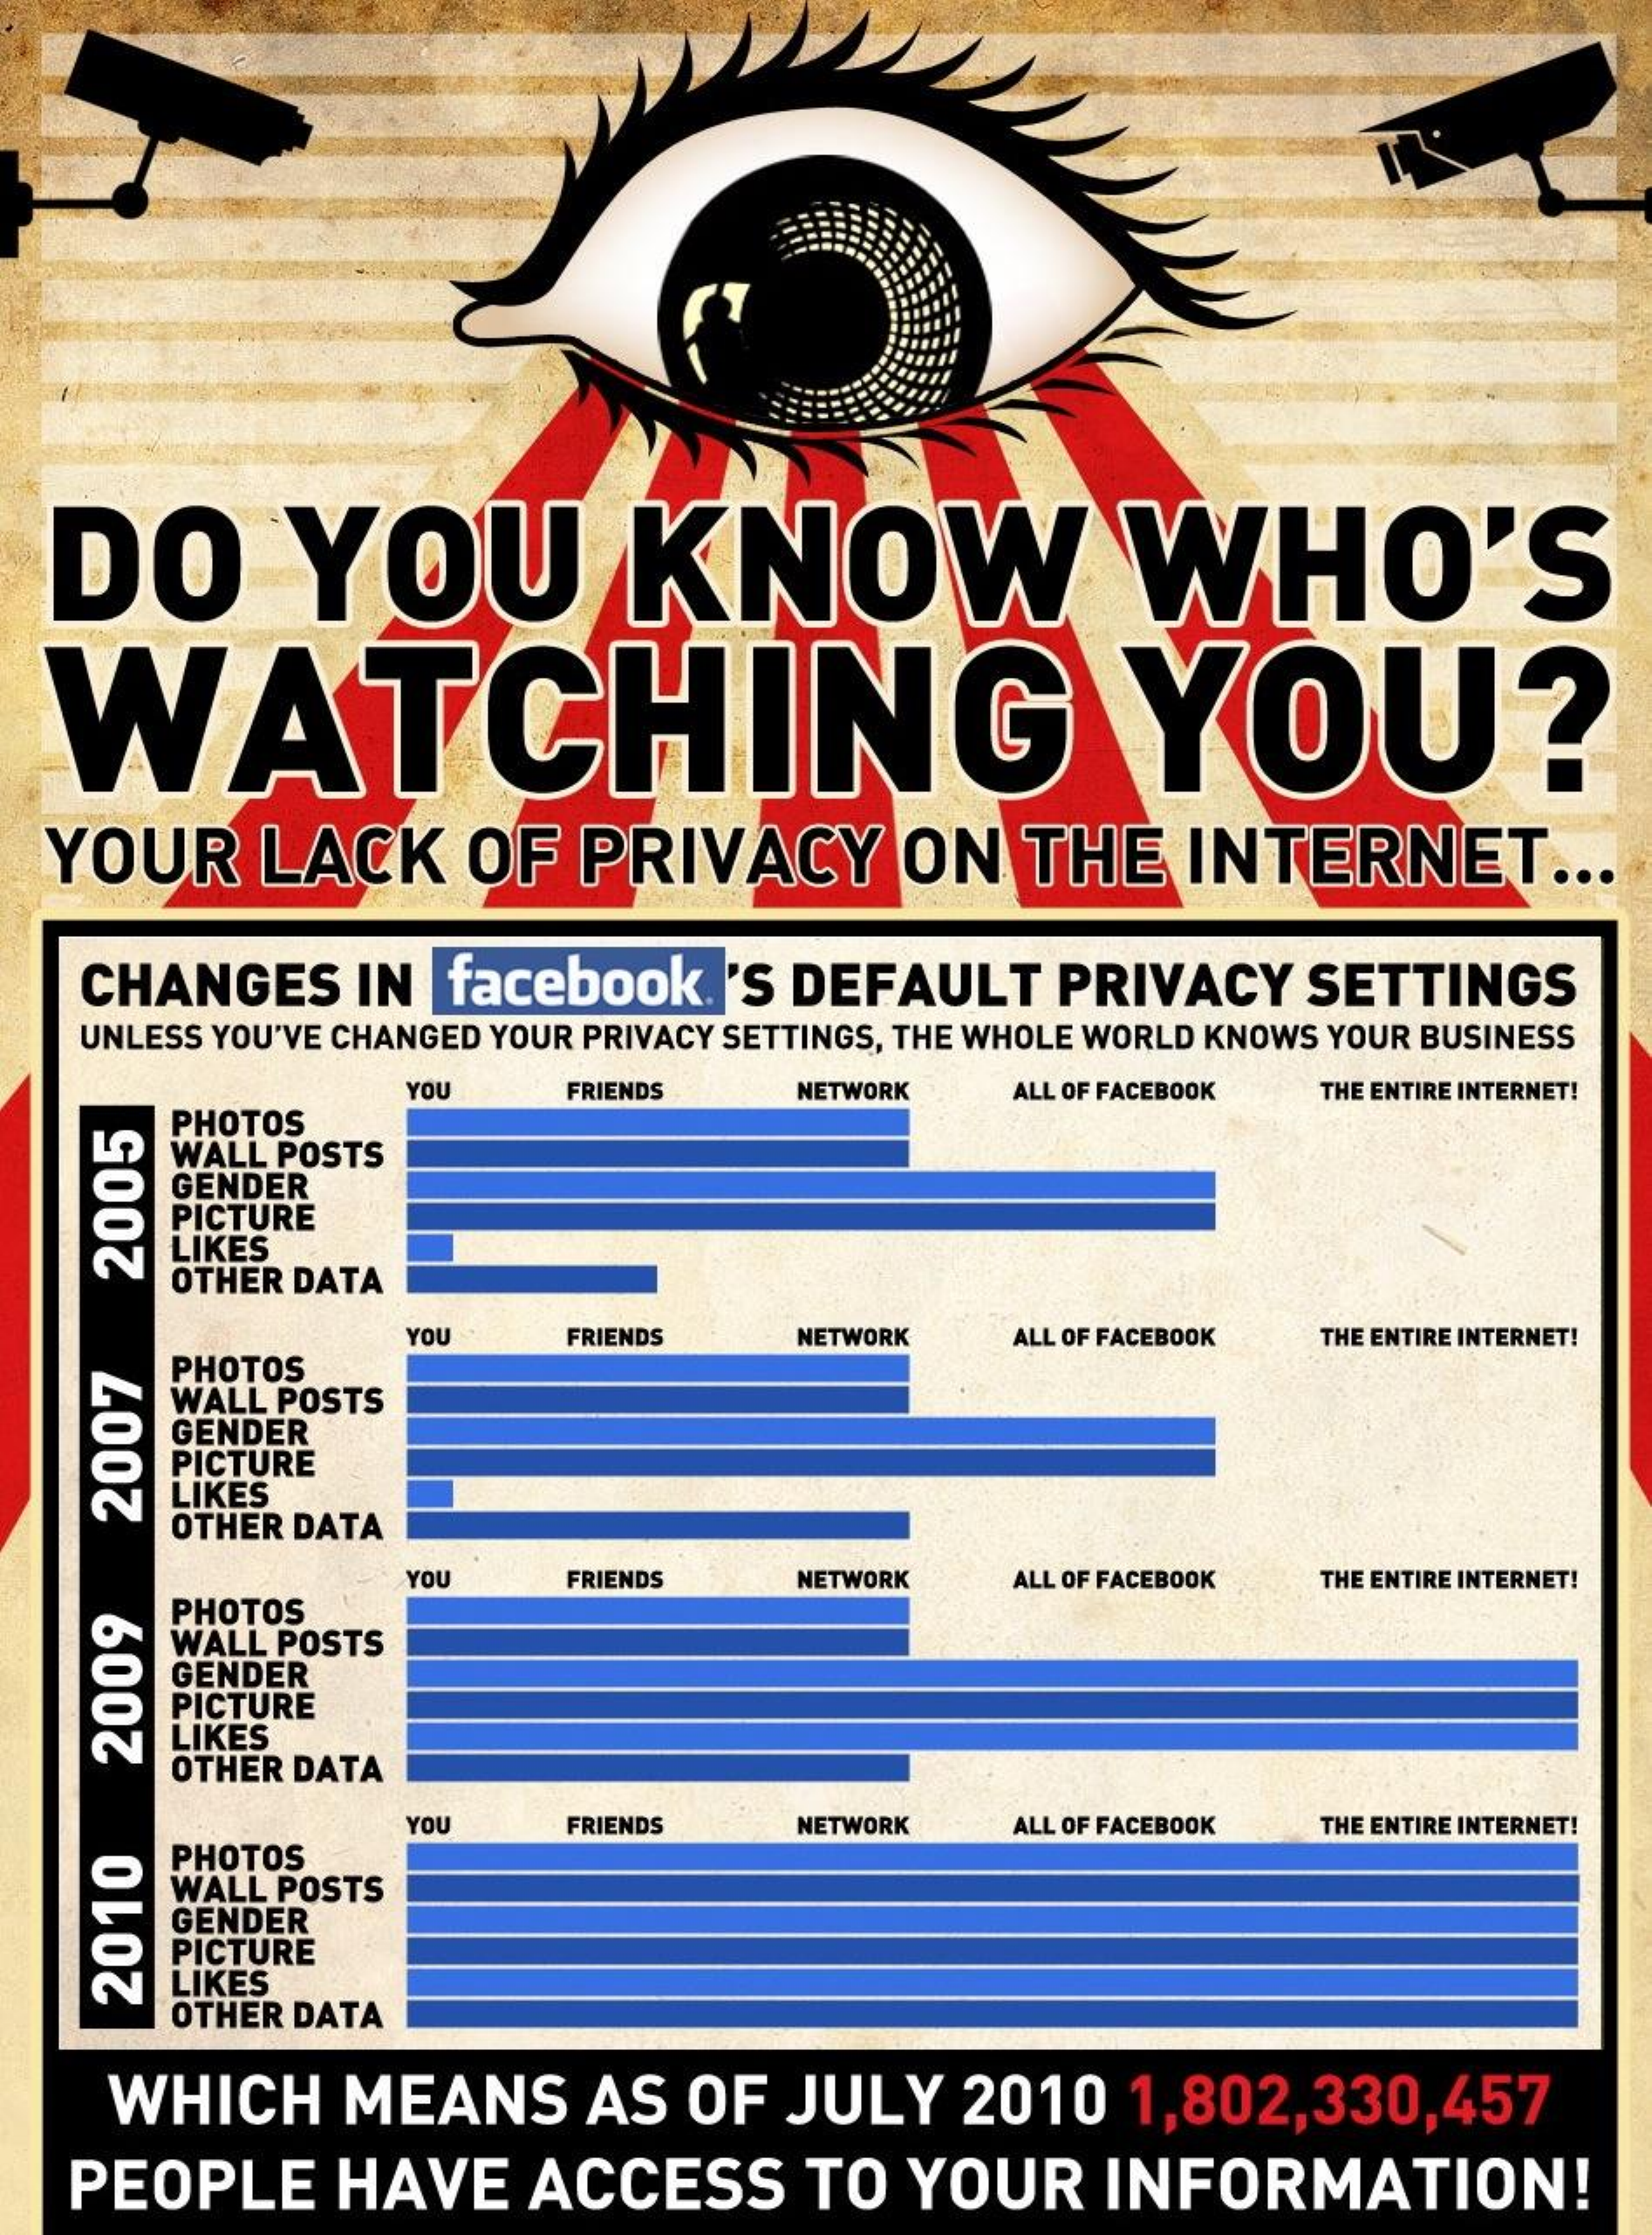
DO    YOU    KNOW    WHO'S
  WATCHING    YOU?
  YOUR    LACK    OF   PRIVACY    ON    THE    INTERNET    ..
    CHANGES    IN   facebook    'S DEFAULT    PRIVACY    SETTINGS
    UNLESS YOU'VE CHANGED YOUR PRIVACY SETTINGS, THE WHOLE WORLD KNOWS YOUR BUSINESS
     YOU    FRIENDS    NETWORK    THE ENTIRE INTERNET!
     PHOTOS
     ALL OF FACEBOOK
     WALL POSTS
     GENDER
     PICTURE
     LIKES
     OTHER DATA
     2005
     YOU    FRIENDS   NETWORK
     PHOTOS
     ALL OF FACEBOOK THE ENTIRE INTERNET!
     WALL POSTS
     GENDER
     PICTURE
     LIKES
     OTHER DATA
    2007
     YOU    FRIENDS   NETWORK   ALL OF FACEBOOK THE ENTIRE INTERNET!
     PHOTOS
     WALL POSTS
     GENDER
     PICTURE
     LIKES
     OTHER DATA
    2009
     YOU    FRIENDS   NETWORK   ALL OF FACEBOOK THE ENTIRE INTERNET!
     PHOTOS
     WALL POSTS
     GENDER
     PICTURE
     LIKES
     OTHER DATA
     2010
     WHICH    MEANS    AS   OF  JULY    2010    1,802,330,457
    PEOPLE    HAVE    ACCESS    TO   YOUR    INFORMATION!